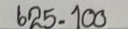
625 = 100